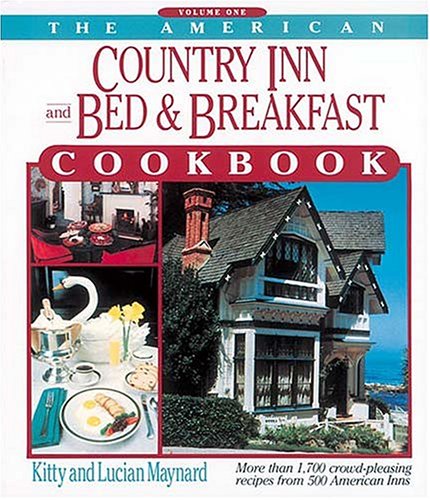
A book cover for The American Country Inn and Bed & Breakfast Cookbook, Volume I: More than 1,700 crowd-pleasing recipes from 500 American Inns (American Country Inn & Bed & Breakfast Cookbook); Kitty Maynard; Cookbooks, Food & Wine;